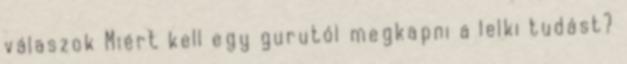
válaszok Miért kell egy gurutól megkapni a lelki tudást?